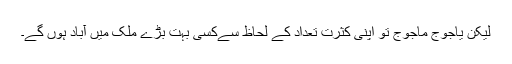
لیکن یاجوج ماجوج تو اپنی کثرت تعداد کے لحاظ سےکسی بہت بڑے ملک میں آباد ہوں گے۔